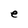
Character: e